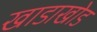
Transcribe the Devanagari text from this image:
खाडाखोड